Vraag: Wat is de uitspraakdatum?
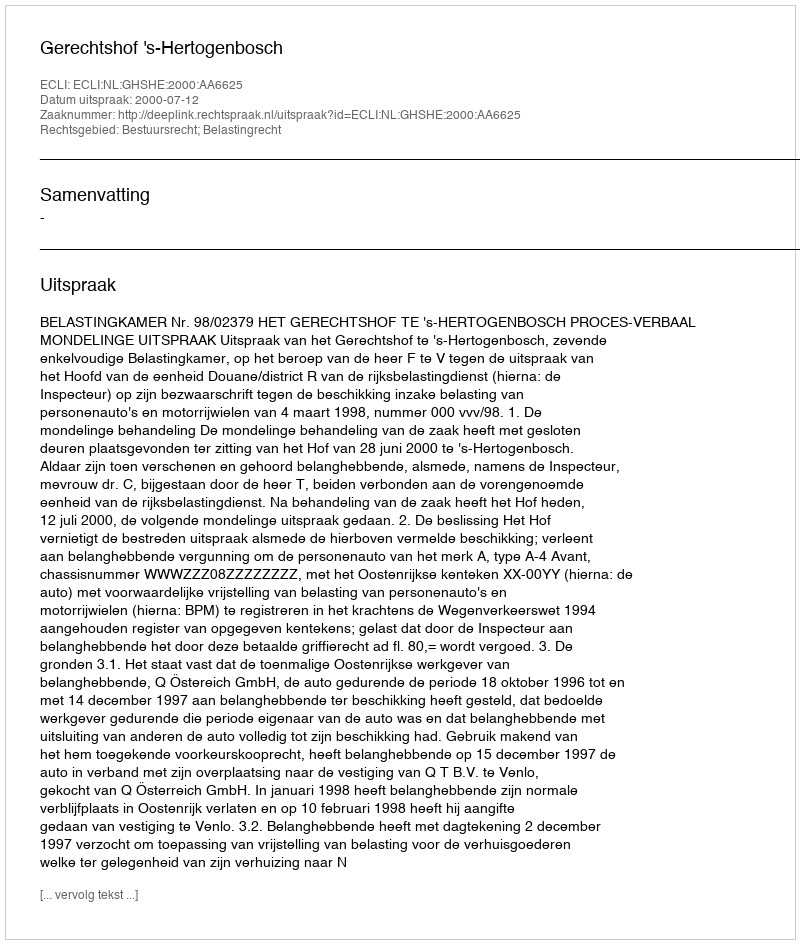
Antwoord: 2000-07-12